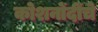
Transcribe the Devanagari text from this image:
कोशनोंदींचे